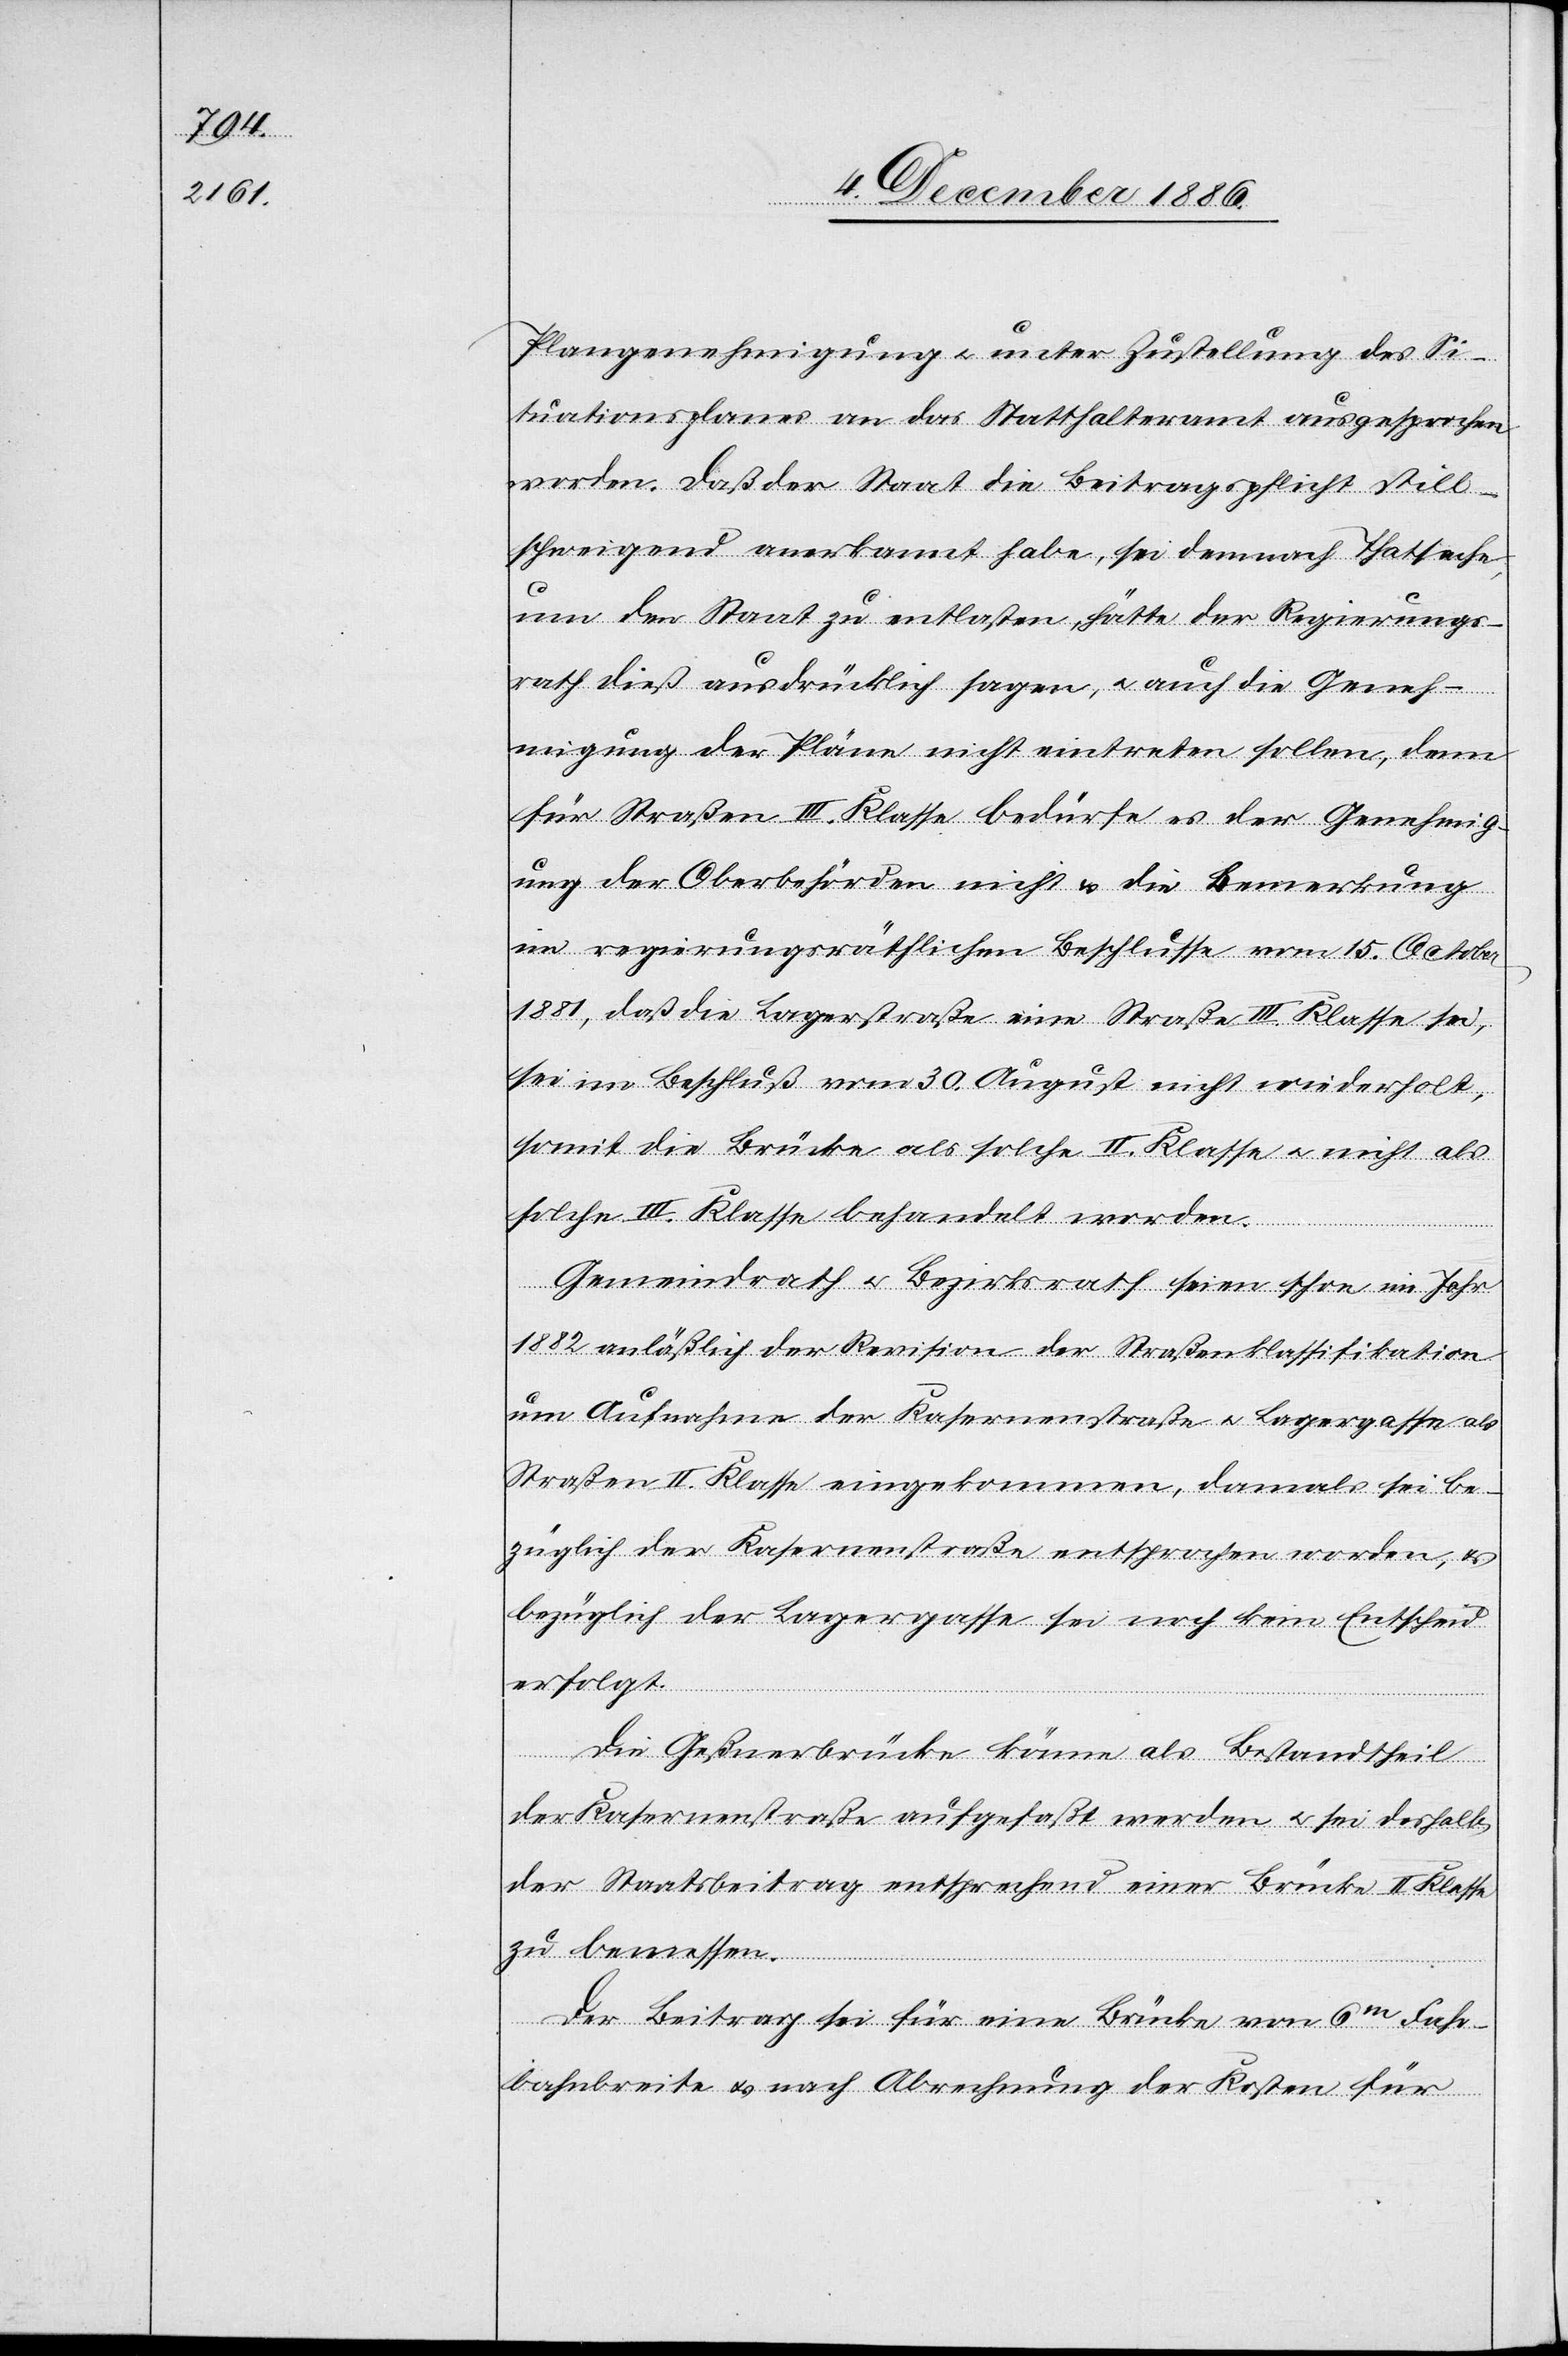
Plangenehmigung & unter Zustellung des Si¬
tuationsplanes an das Statthalteramt ausgesprochen
worden. Daß der Staat die Beitragspflicht still¬
schweigend anerkannt habe, sei demnach Thatsache,
um den Staat zu entlasten, hätte der Regierungs¬
rath dieß ausdrücklich sagen, & auch die Geneh¬
migung der Pläne nicht eintreten sollen [sic!],
für Straßen III. Klasse bedürfe es der Genehmig¬
ung der Oberbehörden nicht & die Bemerkung
im regierungsräthlichen Beschlusse vom 15. October
1881, daß die Lagerstraße eine Straße III. Klasse sei,
sei im Beschluß vom 30. August nicht wiederholt,
somit die Brücke als solche II. Klasse & nicht als
solche III. Klasse behandelt worden.
Gemeindrath & Bezirksrath seien schon im Jahr
1882 anläßlich der Revision der Straßenklassifikation
um Aufnahme der Kasernenstraße & Lagergasse als
Straßen II. Klasse eingekommen, damals sei be¬
züglich der Kasernenstraße entsprochen worden, &
bezüglich der Lagergasse sei noch kein Entscheid
erfolgt.
Die Geßnerbrücke könne als Bestandtheil
der Kasernenstraße aufgefaßt werden & sei deshalb
der Staatsbeitrag entsprechend einer Brücke II. Klasse
zu bemessen.
Der Beitrag sei für eine Brücke von 6m Fahr¬
bahnbreite & nach Abrechnung der Kosten für